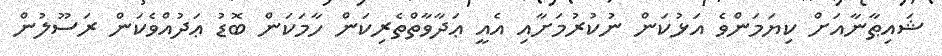
ޝައިޠާނާއަށް ކިޔަމަންވެ އަޅުކަން ނުކުރުމަށާއި އެއީ ޢަދާވާތްތެރިކަން ހާމަކަން ބޮޑު ޢަދުއްވެކަން ރަސޫލުން